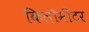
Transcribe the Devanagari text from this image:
किलॊमीटर